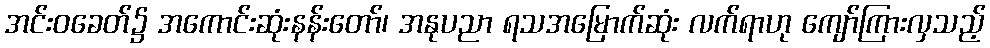
အင်းဝခေတ်၌ အကောင်းဆုံးနန်းတော်၊ အနုပညာ ရသအမြောက်ဆုံး လက်ရာဟု ကျော်ကြားလှသည့်